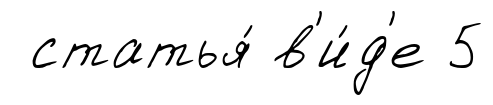
статья́ в'и́д'е 5